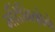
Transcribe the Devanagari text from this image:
माँटेनिग्रोने